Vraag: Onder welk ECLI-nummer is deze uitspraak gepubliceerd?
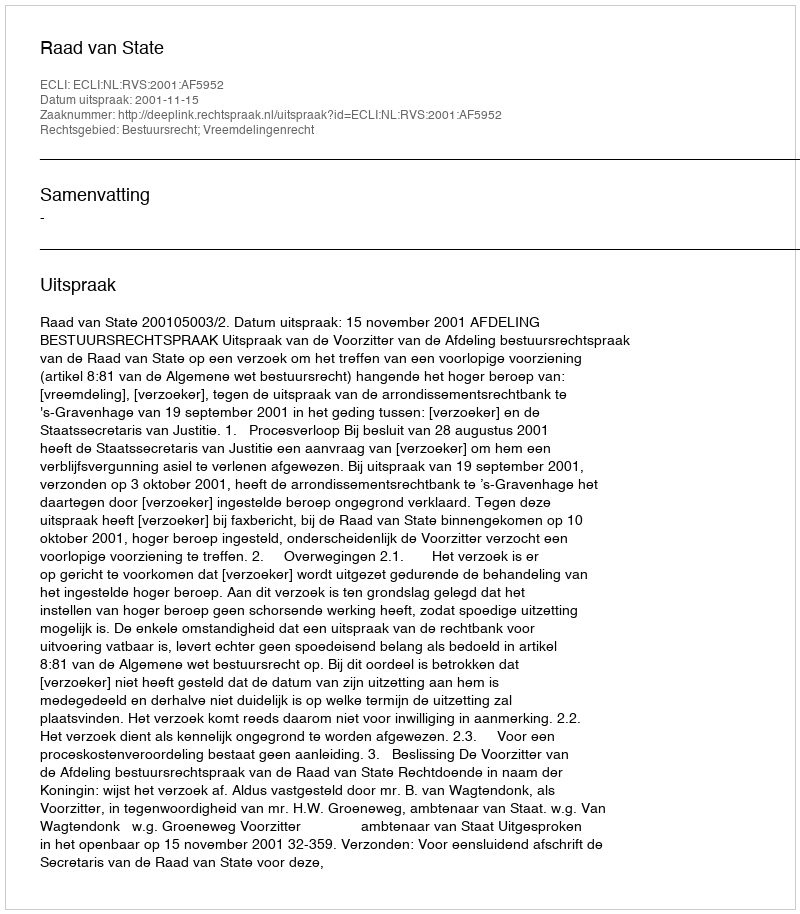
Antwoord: ECLI:NL:RVS:2001:AF5952